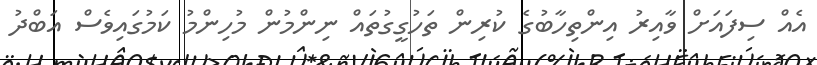
އެއް ސިފައަށް ވާއިރު އިންތިހާބުގެ ކުރިން ތަހުގީގުތައް ނިންމުން މުހިންމު ކަމުގައިވެސް އަބްދު